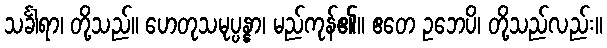
သင်္ခါရာ၊ တို့သည်။ ဟေတုသမုပ္ပန္နာ၊ မည်ကုန်၏။ ဧတေ ဥဘေပိ၊ တို့သည်လည်း။